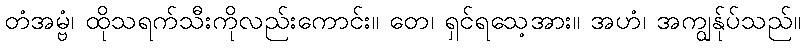
တံအမ္ဗံ၊ ထိုသရက်သီးကိုလည်းကောင်း။ တေ၊ ရှင်ရသေ့အား။ အဟံ၊ အကျွန်ုပ်သည်။